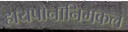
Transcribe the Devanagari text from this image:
हायपोनॉनिमकल